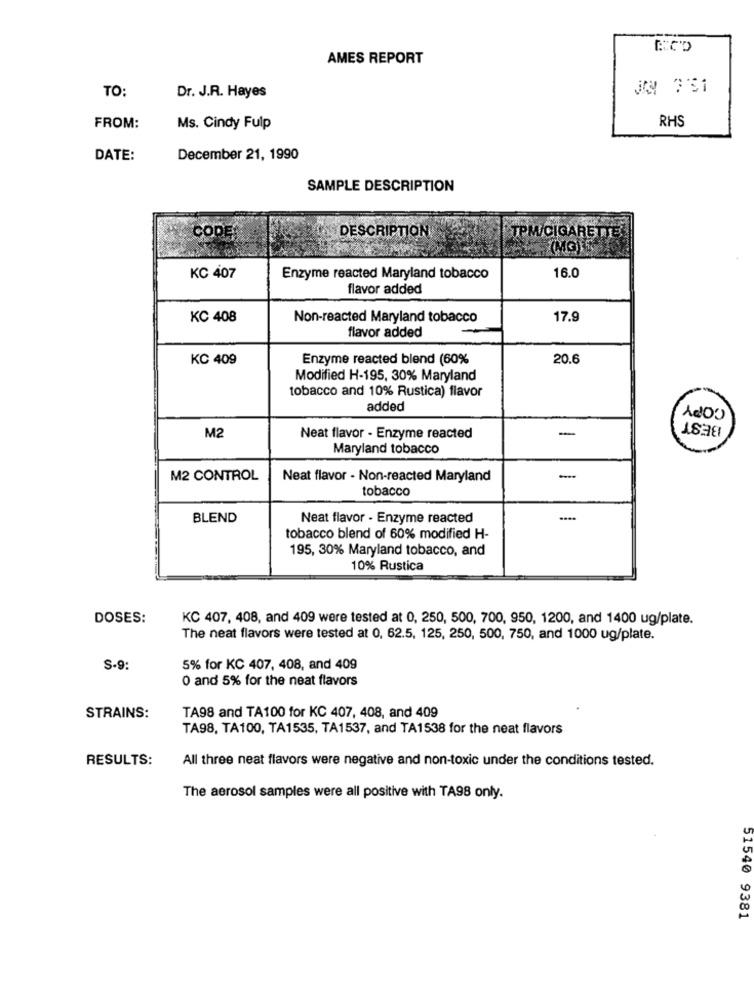
AMES REPORT
TO:
Dr. J.R. Hayes
RHS
FROM:
Ms. Cindy Fulp
DATE:
December 21, 1990
SAMPLE DESCRIPTION
COD
DESCRIPTION
TPM/CIGARETTE
16.0
KC 407
Enzyme reacted Maryland tobacco
flavor added
KC 408
Non-reacted Maryland tobacco
17.9
flavor added
KC 409
Enzyme reacted blend (60%
20.6
Modified H-195, 30% Maryland
tobacco and 10% Rustica) flavor
added
-
M2
Neat flavor - Enzyme reacted
Maryland tobacco
M2 CONTROL
Neat flavor - Non-reacted Maryland
--
tobacco
BLEND
Neat flavor - Enzyme reacted
tobacco blend of 60% modified H-
195, 30% Maryland tobacco, and
10% Rustica
DOSES:
KC 407, 408, and 409 were tested at 0, 250, 500, 700, 950, 1200, and 1400 ug/plate.
The neat flavors were tested at 0, 62.5, 125, 250, 500, 750, and 1000 ug/plate.
S-9
5% for KC 407, 408, and 409
0 and 5% for the neat flavors
TA98 and TA100 for KC 407, 408, and 409
STRAINS:
TA98, TA100, TA1535, TA1537, and TA1538 for the neat flavors
RESULTS:
All three neat flavors were negative and non-toxic under the conditions tested.
The aerosol samples were all positive with TA98 only.
51540 9381